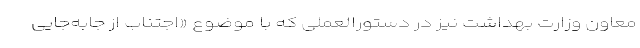
معاون وزارت بهداشت نیز در دستورالعملی که با موضوع «اجتناب از جابه‌جایی